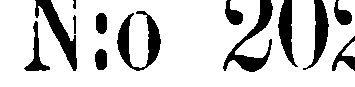
N:o 202